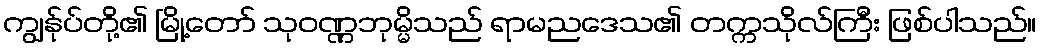
ကျွန်ုပ်တို့၏ မြို့တော် သုဝဏ္ဏဘုမ္မိသည် ရာမညဒေသ၏ တက္ကသိုလ်ကြီး ဖြစ်ပါသည်။